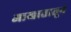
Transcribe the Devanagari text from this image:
आखातातून